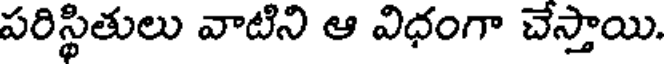
పరిస్థితులు వాటిని ఆ విధంగా చేస్తాయి.